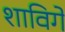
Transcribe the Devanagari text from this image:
शाविगे